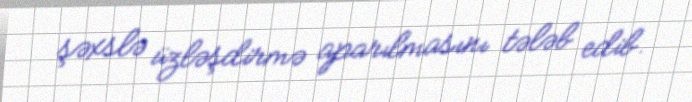
şəxslə üzləşdirmə aparılmasını tələb edib.